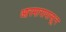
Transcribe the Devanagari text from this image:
आरमारापासून